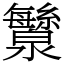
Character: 㶗